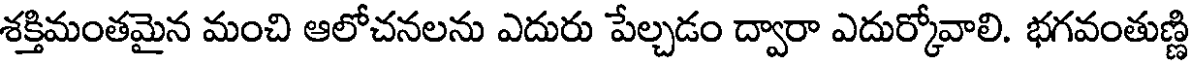
శక్తిమంతమైన మంచి ఆలోచనలను ఎదురు పేల్చడం ద్వారా ఎదుర్కోవాలి. భగవంతుణ్ణి